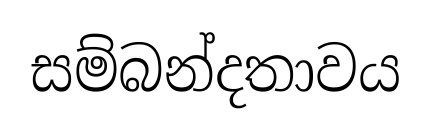
සම්බන්දතාවය